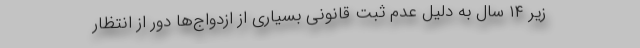
زیر ۱۴ سال به دلیل عدم ثبت قانونی بسیاری از ازدواج‌ها دور از انتظار